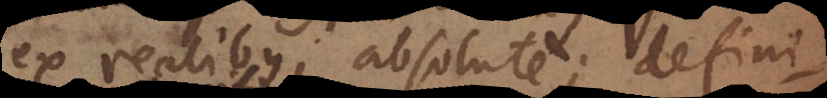
ex realibus, absolute; defini